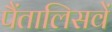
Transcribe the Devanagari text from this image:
पैंतालिसवें